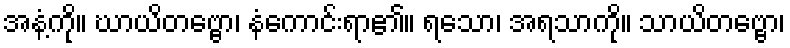
အနံ့ကို။ ဃာယိတဗ္ဗော၊ နံကောင်းရာ၏။ ရသော၊ အရသာကို။ သာယိတဗ္ဗော၊